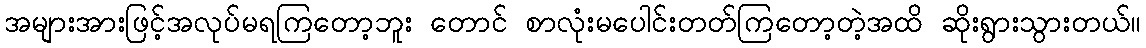
အများအားဖြင့်အလုပ်မရကြတော့ဘူး တောင် စာလုံးမပေါင်းတတ်ကြတော့တဲ့အထိ ဆိုးရွားသွားတယ်။